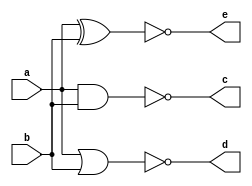
module nand_nor_xnor(input a,b, output c,d,e);
nand(c, a,b);
nor(d, a,b);
xnor(e, a,b);
endmodule